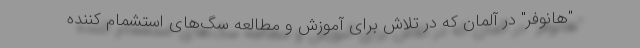
"هانوفر" در آلمان که در تلاش برای آموزش و مطالعه سگ‌های استشمام کننده